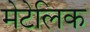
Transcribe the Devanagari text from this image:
मेटेलिक